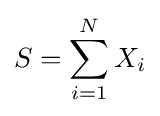
S=\sum _{i=1}^{N}X_{i}